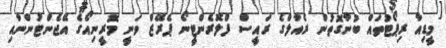
މީޑިއާ ރިޕޯޓުތައް ބުނާގޮތުން ރެއާލްގެ ރައީސް ފްލޮރެންޓީނޯ ޕެރޭޒް ވަނީ މޮރީނިއޯގެ އޭޖެންޓުންނާއި